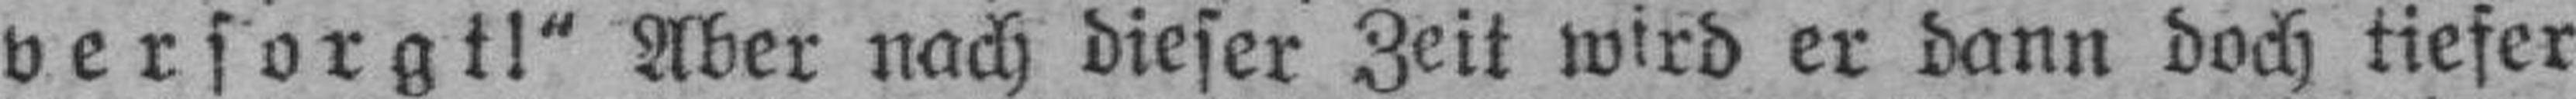
versorgt!" Aber nach dieser Zeit wird er dann doch tiefer